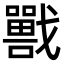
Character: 𡃣